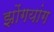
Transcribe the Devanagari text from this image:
झोंगयांग